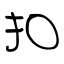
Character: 扣